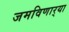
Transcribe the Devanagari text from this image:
जमविणार्‍या